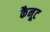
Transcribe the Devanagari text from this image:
कैनूट